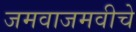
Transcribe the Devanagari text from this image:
जमवाजमवीचे